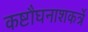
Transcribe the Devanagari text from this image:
कष्टौघनाशकर्त्रे